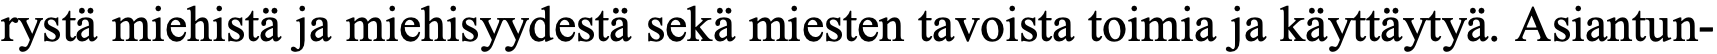
rystä miehistä ja miehisyydestä sekä miesten tavoista toimia ja käyttäytyä. Asiantun-